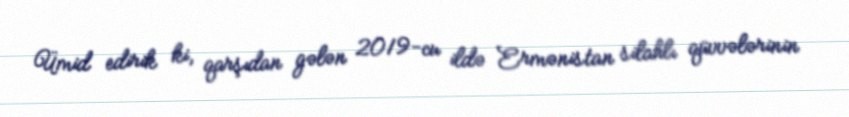
Ümid edirik ki, qarşıdan gələn 2019-cu ildə Ermənistan silahlı qüvvələrinin